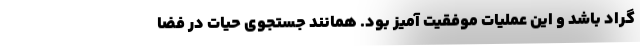
گراد باشد و این عملیات موفقیت آمیز بود. همانند جستجوی حیات در فضا